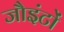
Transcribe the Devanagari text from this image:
जौइंटों